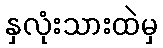
နှလုံးသားထဲမှ